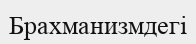
Брахманизмдегі